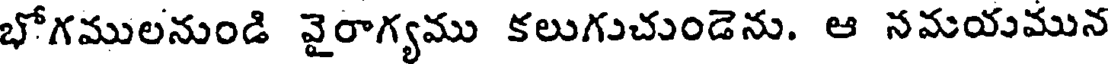
భోగములనుండి వైరాగ్యము కలుగుచుండెను. ఆ నమయమున